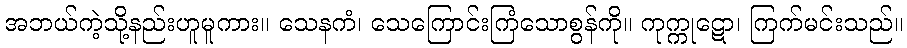
အဘယ်ကဲ့သို့နည်းဟူမူကား။ သေနကံ၊ သေကြောင်းကြံသောစွန်ကို။ ကုက္ကုဋော၊ ကြက်မင်းသည်။